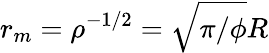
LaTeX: r_{m}=\rho^{-1/2}=\sqrt{\pi/\phi}R